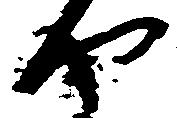
や